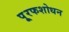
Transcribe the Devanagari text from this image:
पू्रफशोधन